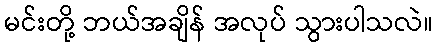
မင်းတို့ ဘယ်အချိန် အလုပ် သွားပါသလဲ။